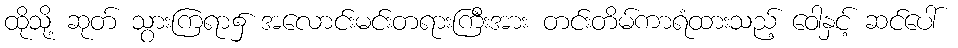
ထိုသို့ ဆုတ် သွားကြရာ၌ အလောင်းမင်းတရားကြီးအား တင်းတိမ်ကာရံထားသည့် ဝေါနှင့် ဆင်ပေါ်